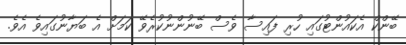
ބޭންކް އެކައުންޓުގައި ހުރި ފައިސާ ވެސް ބޭނުންނުކުރެވޭ ކަމަށް އެ ބަޔާނުގައިވެ އެވެ.